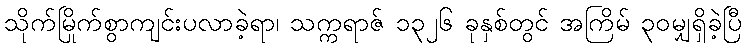
သိုက်မြိုက်စွာကျင်းပလာခဲ့ရာ၊ သက္ကရာဇ် ၁၃၂၆ ခုနှစ်တွင် အကြိမ် ၃၀မျှရှိခဲ့ပြီ